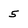
Character: 5